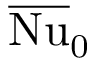
\overline { { \mathrm { N u } } } _ { \mathrm { 0 } }